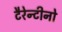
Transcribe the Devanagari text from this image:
टैरेन्टीनो